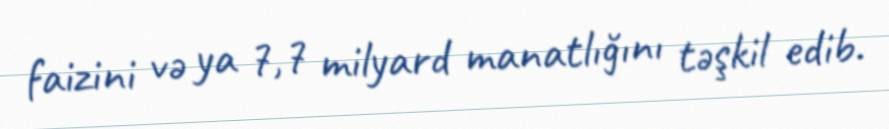
faizini və ya 7,7 milyard manatlığını təşkil edib.